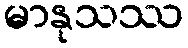
မာနုသဿ